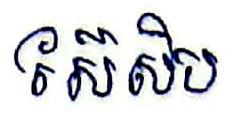
ស៊ែសិប